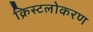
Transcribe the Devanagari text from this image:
क्रिस्टलोकरण